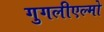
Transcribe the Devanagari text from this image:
गुगलीएल्मो